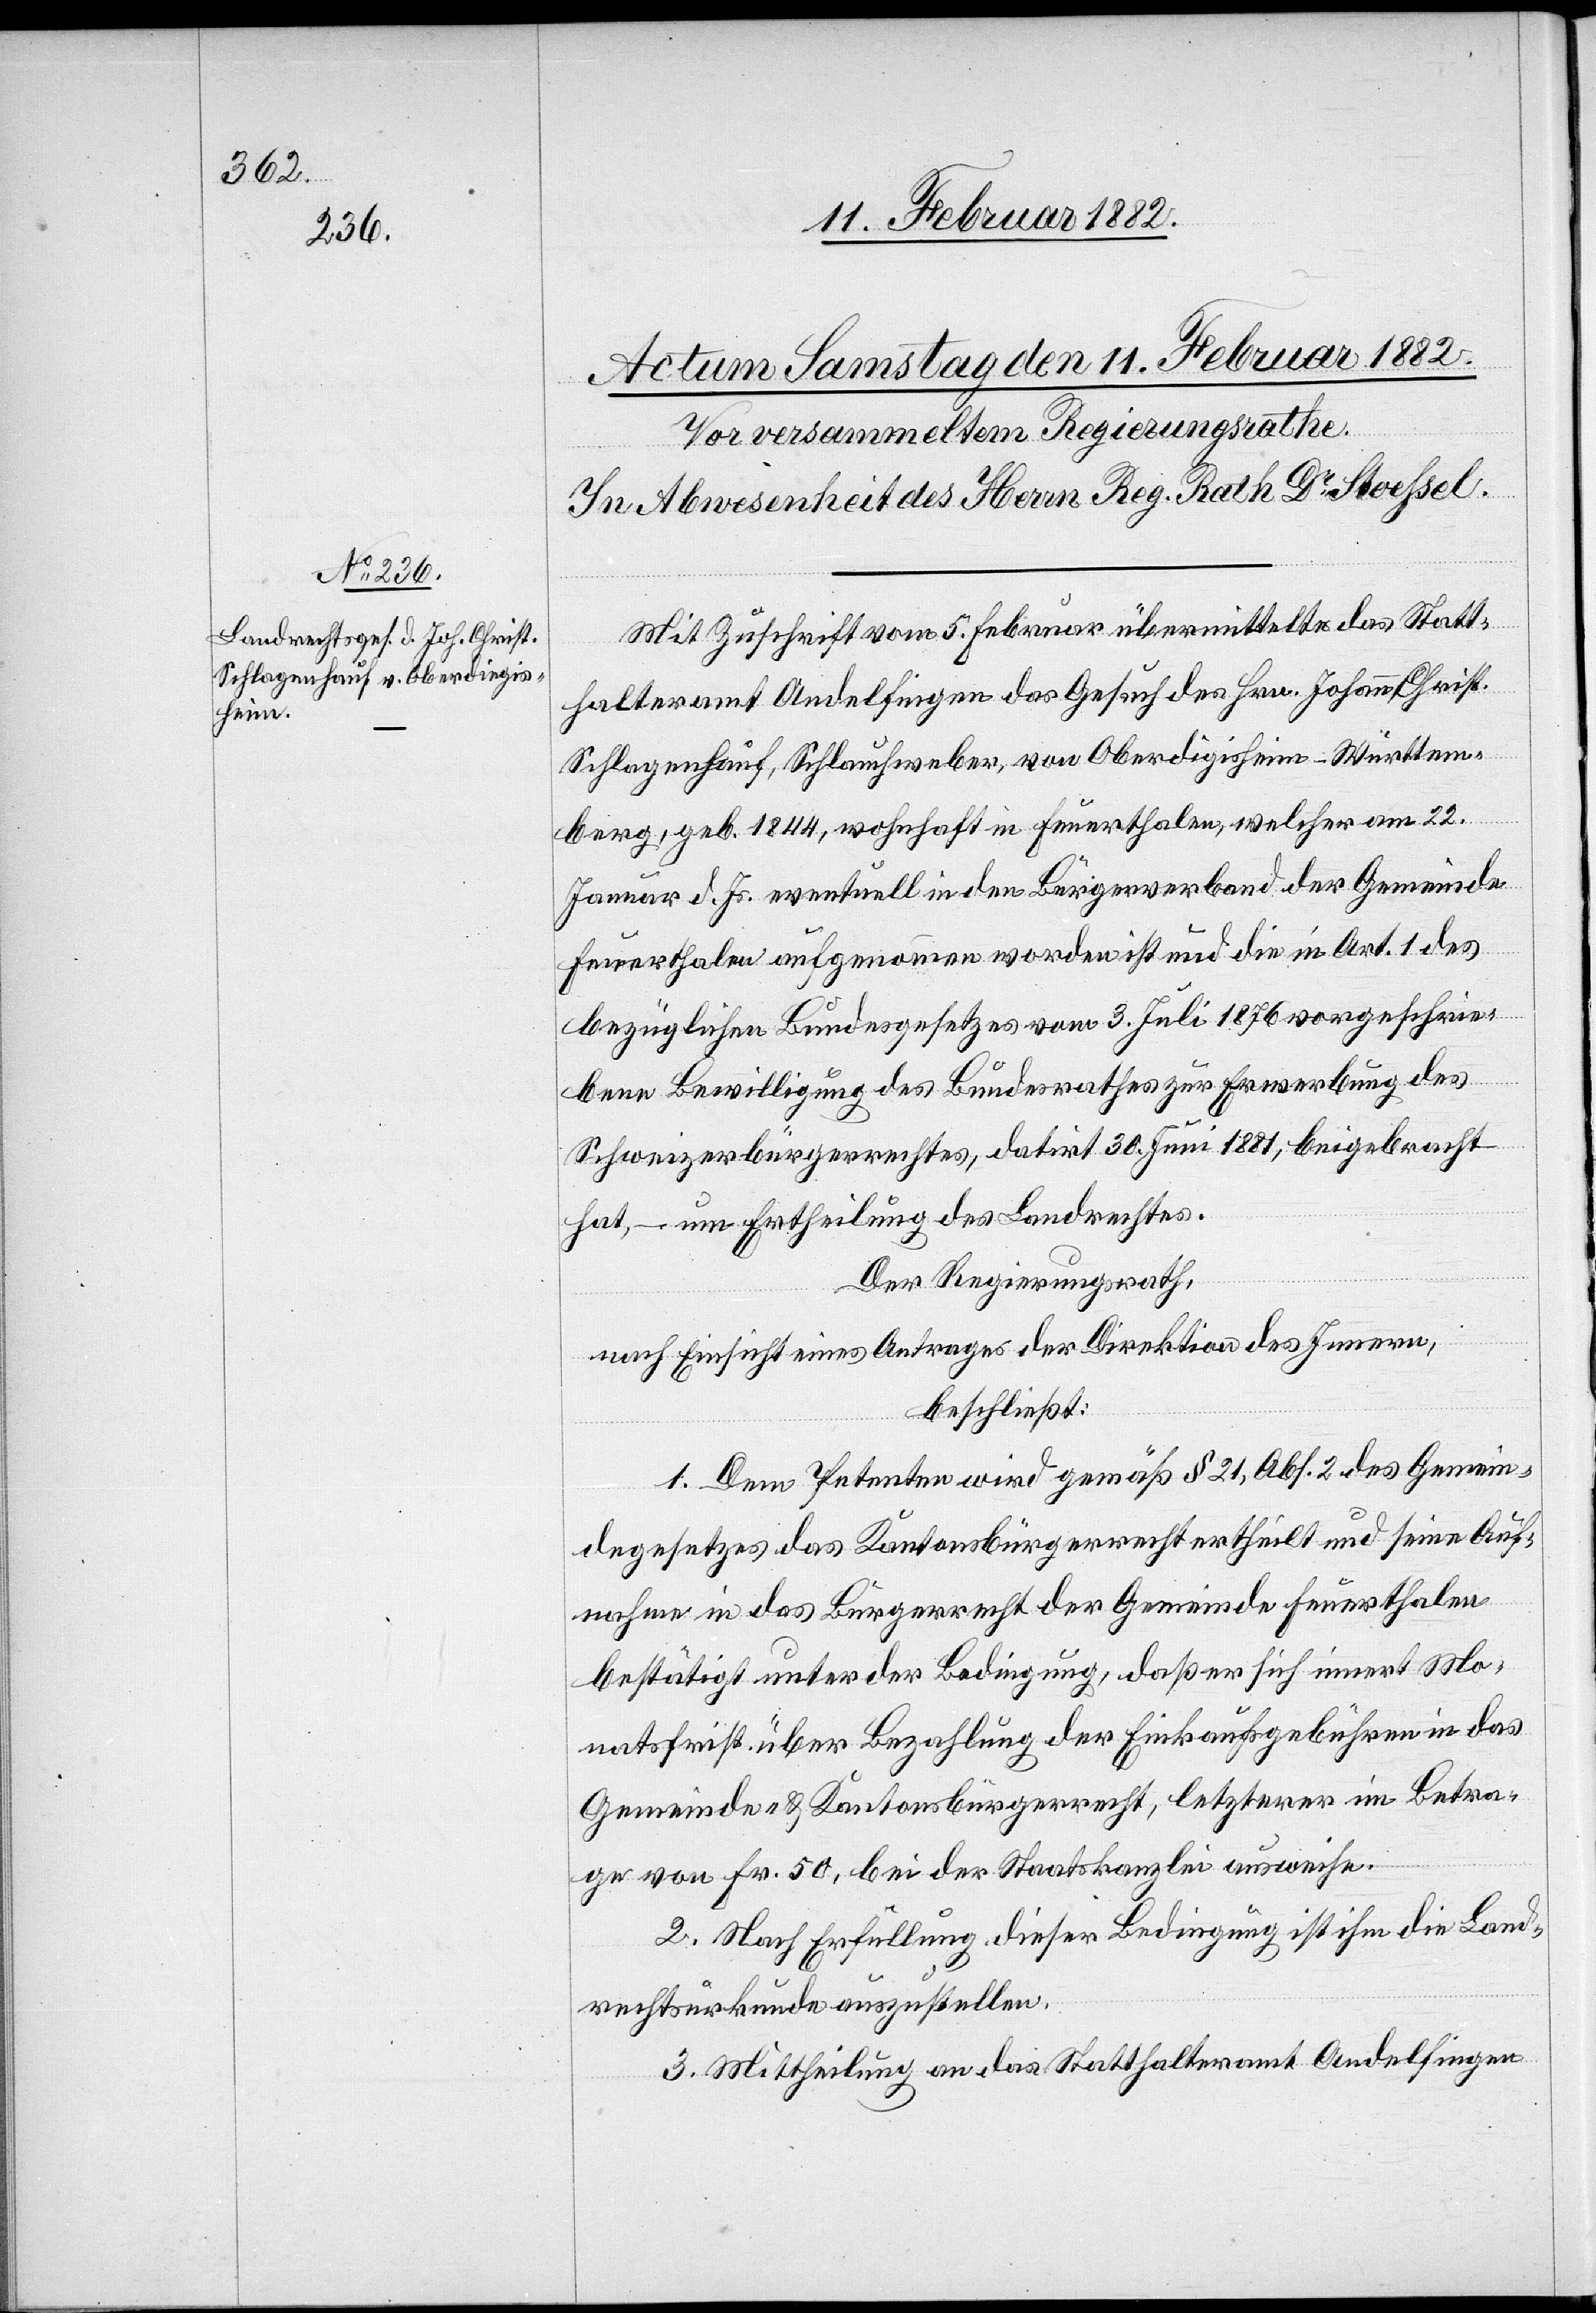
Mit Zuschrift vom 5. Februar übermittelte das Statt¬
halteramt Andelfingen das Gesuch des Hrn. Johann Christ.
Schlagenhauf, Schlauchweber, von Oberdigisheim - Württem¬
berg, geb. 1844, wohnhaft in Feuerthalen, welcher am 22.
Januar d. Js. eventuell in den Bürgerverband der Gemeinde
Feuerthalen aufgenommen worden ist und die im Art. 1 des
bezüglichen Bundesgesetzes vom 3. Juli 1876 vorgeschrie¬
bene Bewilligung des Bundesrathes zur Erwerbung des
Schweizerbürgerrechtes, datirt 36. Juni 1881, beigebracht
hat, – um Ertheilung des Landrechtes.
Der Regierungsrath,
nach Einsicht eines Antrages der Direktion des Innern,
beschließt:
1. Dem Petenten wird gemäß § 21, Abs. 2 des Gemein¬
degesetzes das Kantonsbürgerrecht ertheilt und seine Auf¬
nahme in das Bürgerrecht der Gemeinde Feuerthalen
bestätigt unter der Bedingung, daß er sich innert Mo¬
natsfrist über Bezahlung der Einkaufsgebühren in das
Gemeinde- & Kantonsbürgerrecht, letzterer in Betra¬
ge von Fr. 50, bei der Staatskanzlei ausweise.
2. Nach Erfüllung dieser Bedingung ist ihm die Land¬
rechtsurkunde auszustellen.
3. Mittheilung an das Statthalteramt Andelfingen